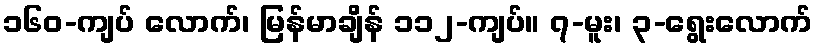
၁၆၀-ကျပ် လောက်၊ မြန်မာချိန် ၁၁၂-ကျပ်။ ၇-မူး၊ ၃-ရွေးလောက်